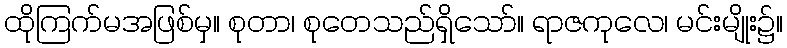
ထိုကြက်မအဖြစ်မှ။ စုတာ၊ စုတေသည်ရှိသော်။ ရာဇကုလေ၊ မင်းမျိုး၌။